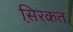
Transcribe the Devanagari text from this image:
स़िरकत